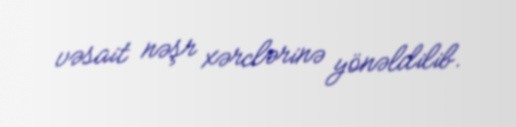
vəsait nəşr xərclərinə yönəldilib.